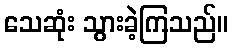
သေဆုံး သွားခဲ့ကြသည်။